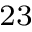
^ { 2 3 }